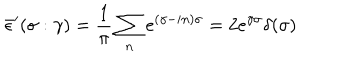
LaTeX: \bar { \epsilon } ^ { \prime } ( \sigma : \gamma ) = \frac { 1 } { \pi } \sum _ { n } e ^ { ( \gamma - i n ) \sigma } = 2 e ^ { \gamma \sigma } \delta ( \sigma )